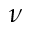
\nu